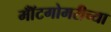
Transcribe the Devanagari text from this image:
मॉँटगोमरीच्या